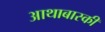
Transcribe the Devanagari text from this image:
आथाबास्की